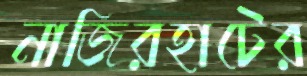
নাজিরহাটের